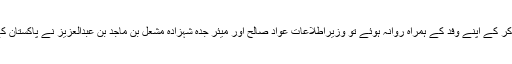
بعد ازاں وزیراعظم عمران خان سعودی عرب کا دو روزہ دورہ مکمل کر کے اپنے وفد کے ہمراہ روانہ ہوئے تو وزیراطلاعات عواد صالح اور میئر جدہ شہزادہ مشعل بن ماجد بن عبدالعزیز نے پاکستان کے وزیراعظم عمران خان کو شاہ عبدالعزیز ہوائی اڈے پر رخصت کیا۔